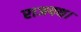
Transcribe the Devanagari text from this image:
राजपथ।